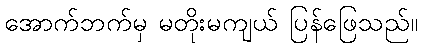
အောက်ဘက်မှ မတိုးမကျယ် ပြန်ဖြေသည်။